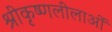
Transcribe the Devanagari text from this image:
श्रीकृष्णलीलाओं